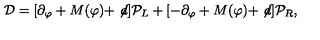
{ \cal D } = [ \partial _ { \varphi } + M ( \varphi ) + \not \! d ] { \cal P } _ { L } + [ - \partial _ { \varphi } + M ( \varphi ) + \not \! d ] { \cal P } _ { R } ,